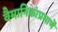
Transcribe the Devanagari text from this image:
वैमानिकांप्रमाणे